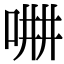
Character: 𠵡